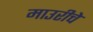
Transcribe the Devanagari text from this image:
माउरीचे